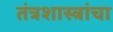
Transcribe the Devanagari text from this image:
तंत्रशास्त्रांचा